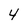
Character: 4